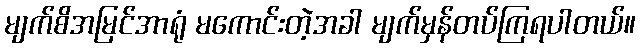
မျက်စိအမြင်အာရုံ မကောင်းတဲ့အခါ မျက်မှန်တပ်ကြရပါတယ်။